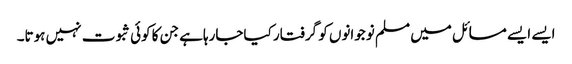
ایسے ایسے مسائل میں مسلم نوجوانوں کو گرفتار کیاجارہاہے جن کا کوئی ثبوت نہیں ہوتا۔